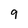
Character: 9